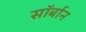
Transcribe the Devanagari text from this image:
सॉर्बान